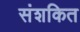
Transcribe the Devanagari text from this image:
संशकित